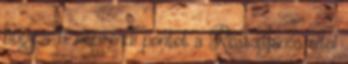
hogy a 11. napirendi pontot a Röst János által